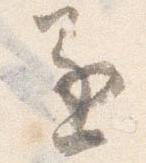
逐